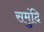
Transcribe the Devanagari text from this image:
समुंदि